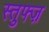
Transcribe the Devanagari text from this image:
स्तुफ्ज़